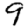
Digit: 9